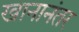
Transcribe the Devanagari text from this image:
खानानंतर